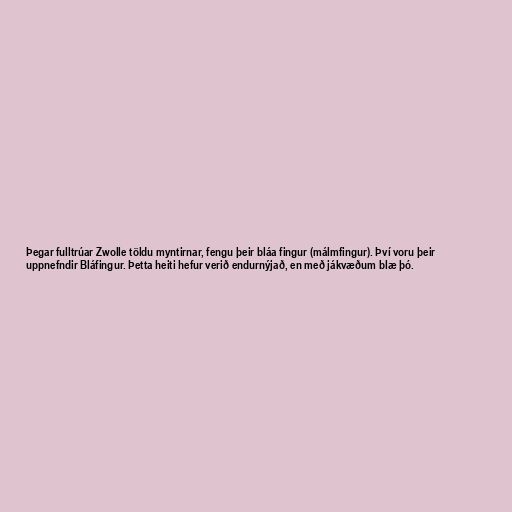
Þegar fulltrúar Zwolle töldu myntirnar, fengu þeir bláa fingur (málmfingur). Því voru þeir
uppnefndir Bláfingur. Þetta heiti hefur verið endurnýjað, en með jákvæðum blæ þó.